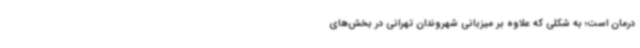
درمان است؛ به شکلی که علاوه بر میزبانی شهروندان تهرانی در بخش‌های